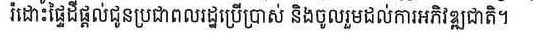
រំដោះផ្ទៃដីផ្ដល់ជូនប្រជាពលរដ្ឋប្រើប្រាស់ និងចូលរួមដល់ការអភិវឌ្ឍជាតិ។